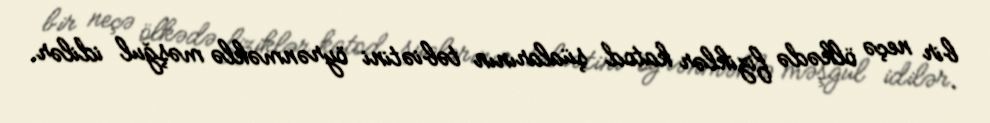
bir neçə ölkədə fiziklər katod şüalarının təbiətini öyrənməklə məşğul idilər.